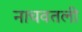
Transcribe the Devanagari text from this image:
नाचवतली